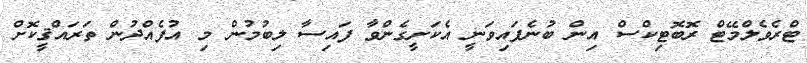
ޓްރެވެލްމޭޓް ރޮބޮޓިކްސް އިން ބުނެފައިވަނީ އެކަށީގެންވާ ފައިސާ ލިބުމުން މި އުފެއްދުން ތަރައްޤީކޮށް